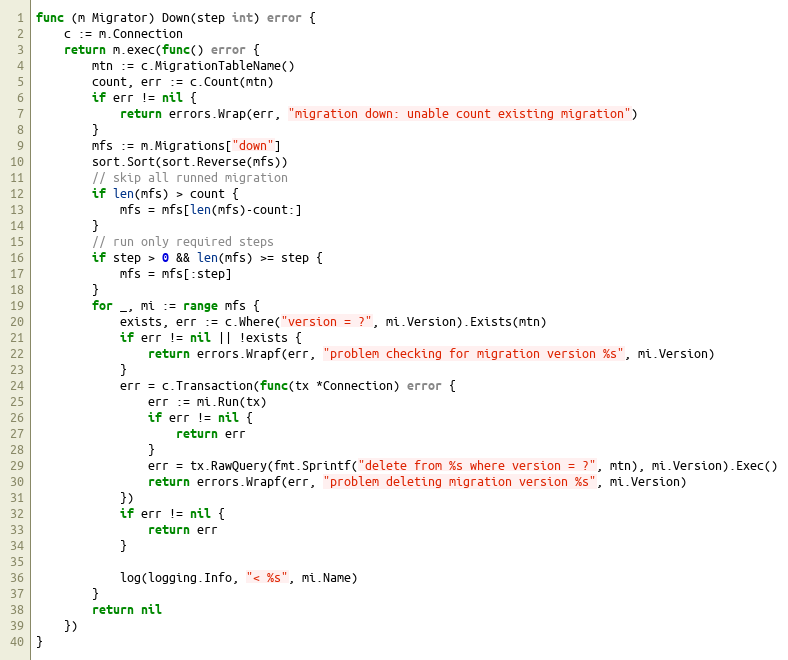
Language: Go
func (m Migrator) Down(step int) error {
	c := m.Connection
	return m.exec(func() error {
		mtn := c.MigrationTableName()
		count, err := c.Count(mtn)
		if err != nil {
			return errors.Wrap(err, "migration down: unable count existing migration")
		}
		mfs := m.Migrations["down"]
		sort.Sort(sort.Reverse(mfs))
		// skip all runned migration
		if len(mfs) > count {
			mfs = mfs[len(mfs)-count:]
		}
		// run only required steps
		if step > 0 && len(mfs) >= step {
			mfs = mfs[:step]
		}
		for _, mi := range mfs {
			exists, err := c.Where("version = ?", mi.Version).Exists(mtn)
			if err != nil || !exists {
				return errors.Wrapf(err, "problem checking for migration version %s", mi.Version)
			}
			err = c.Transaction(func(tx *Connection) error {
				err := mi.Run(tx)
				if err != nil {
					return err
				}
				err = tx.RawQuery(fmt.Sprintf("delete from %s where version = ?", mtn), mi.Version).Exec()
				return errors.Wrapf(err, "problem deleting migration version %s", mi.Version)
			})
			if err != nil {
				return err
			}

			log(logging.Info, "< %s", mi.Name)
		}
		return nil
	})
}